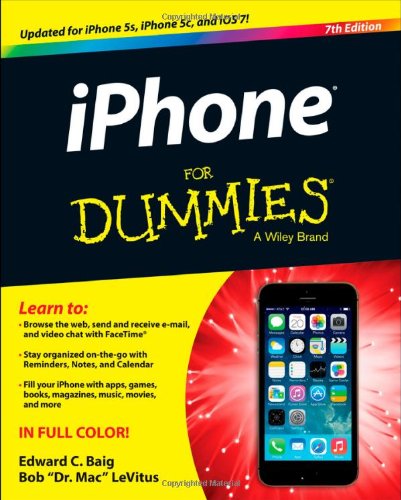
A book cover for iPhone For Dummies; Edward C. Baig; Computers & Technology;